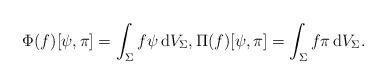
LaTeX: \begin{align*} \Phi(f)[\psi, \pi] = \int_\Sigma f \psi \, \mathrm{d}V_\Sigma, \Pi(f) [\psi, \pi] = \int_\Sigma f \pi \, \mathrm{d}V_\Sigma.\end{align*}